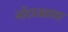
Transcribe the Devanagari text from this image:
नोंदपत्रकावर